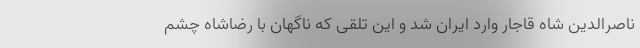
ناصرالدین شاه قاجار وارد ایران شد و این تلقی که ناگهان با رضاشاه چشم